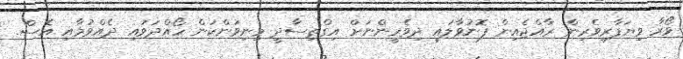
ވޯރާ ވިޔަފާރިވެރިން ރާއްޖެއިން ފޮނުވާލައި ދިވެހީންނަށް އިގްތިސާދީ މިނިވަންކަން ހޯއްދަވައި ދެއްވުމާއި އެސް.